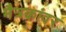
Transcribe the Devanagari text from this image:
मैत्रकांवर